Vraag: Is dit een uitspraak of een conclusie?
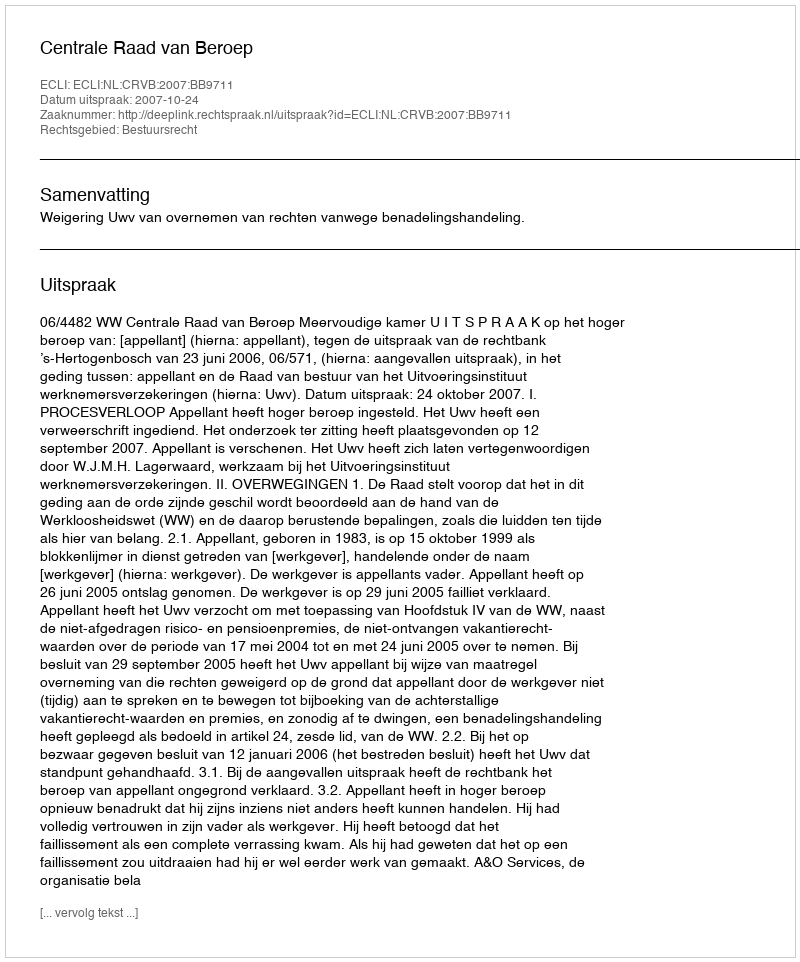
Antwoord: Uitspraak